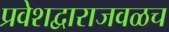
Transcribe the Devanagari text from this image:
प्रवेशद्वाराजवळच